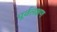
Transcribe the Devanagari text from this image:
पूर्वलक्षण